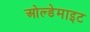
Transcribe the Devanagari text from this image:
ओल्डेमाइट